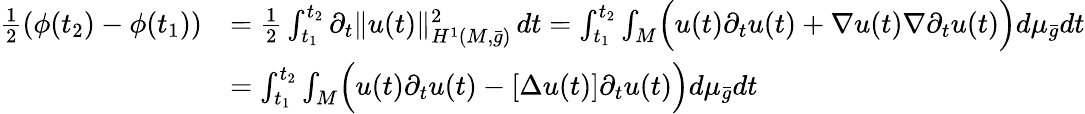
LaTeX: \begin{array}{rl}{\frac{1}{2}(\phi(t_{2})-\phi(t_{1}))}&{=\frac{1}{2}\int_{t_{1}}^{t_{2}}\partial_{t}\| u(t)\| _{H^{1}(M,\bar{g})}^{2}\, dt=\int_{t_{1}}^{t_{2}}\int_{M}\Bigl(u(t)\partial_{t}u(t)+\nabla u(t)\nabla\partial_{t}u(t)\Bigr)d\mu_{\bar{g}}dt}\\ &{=\int_{t_{1}}^{t_{2}}\int_{M}\Bigl(u(t)\partial_{t}u(t)-[\Delta u(t)]\partial_{t}u(t)\Bigr)d\mu_{\bar{g}}dt}\end{array}